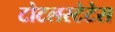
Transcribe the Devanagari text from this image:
टोटलस्टेटेस